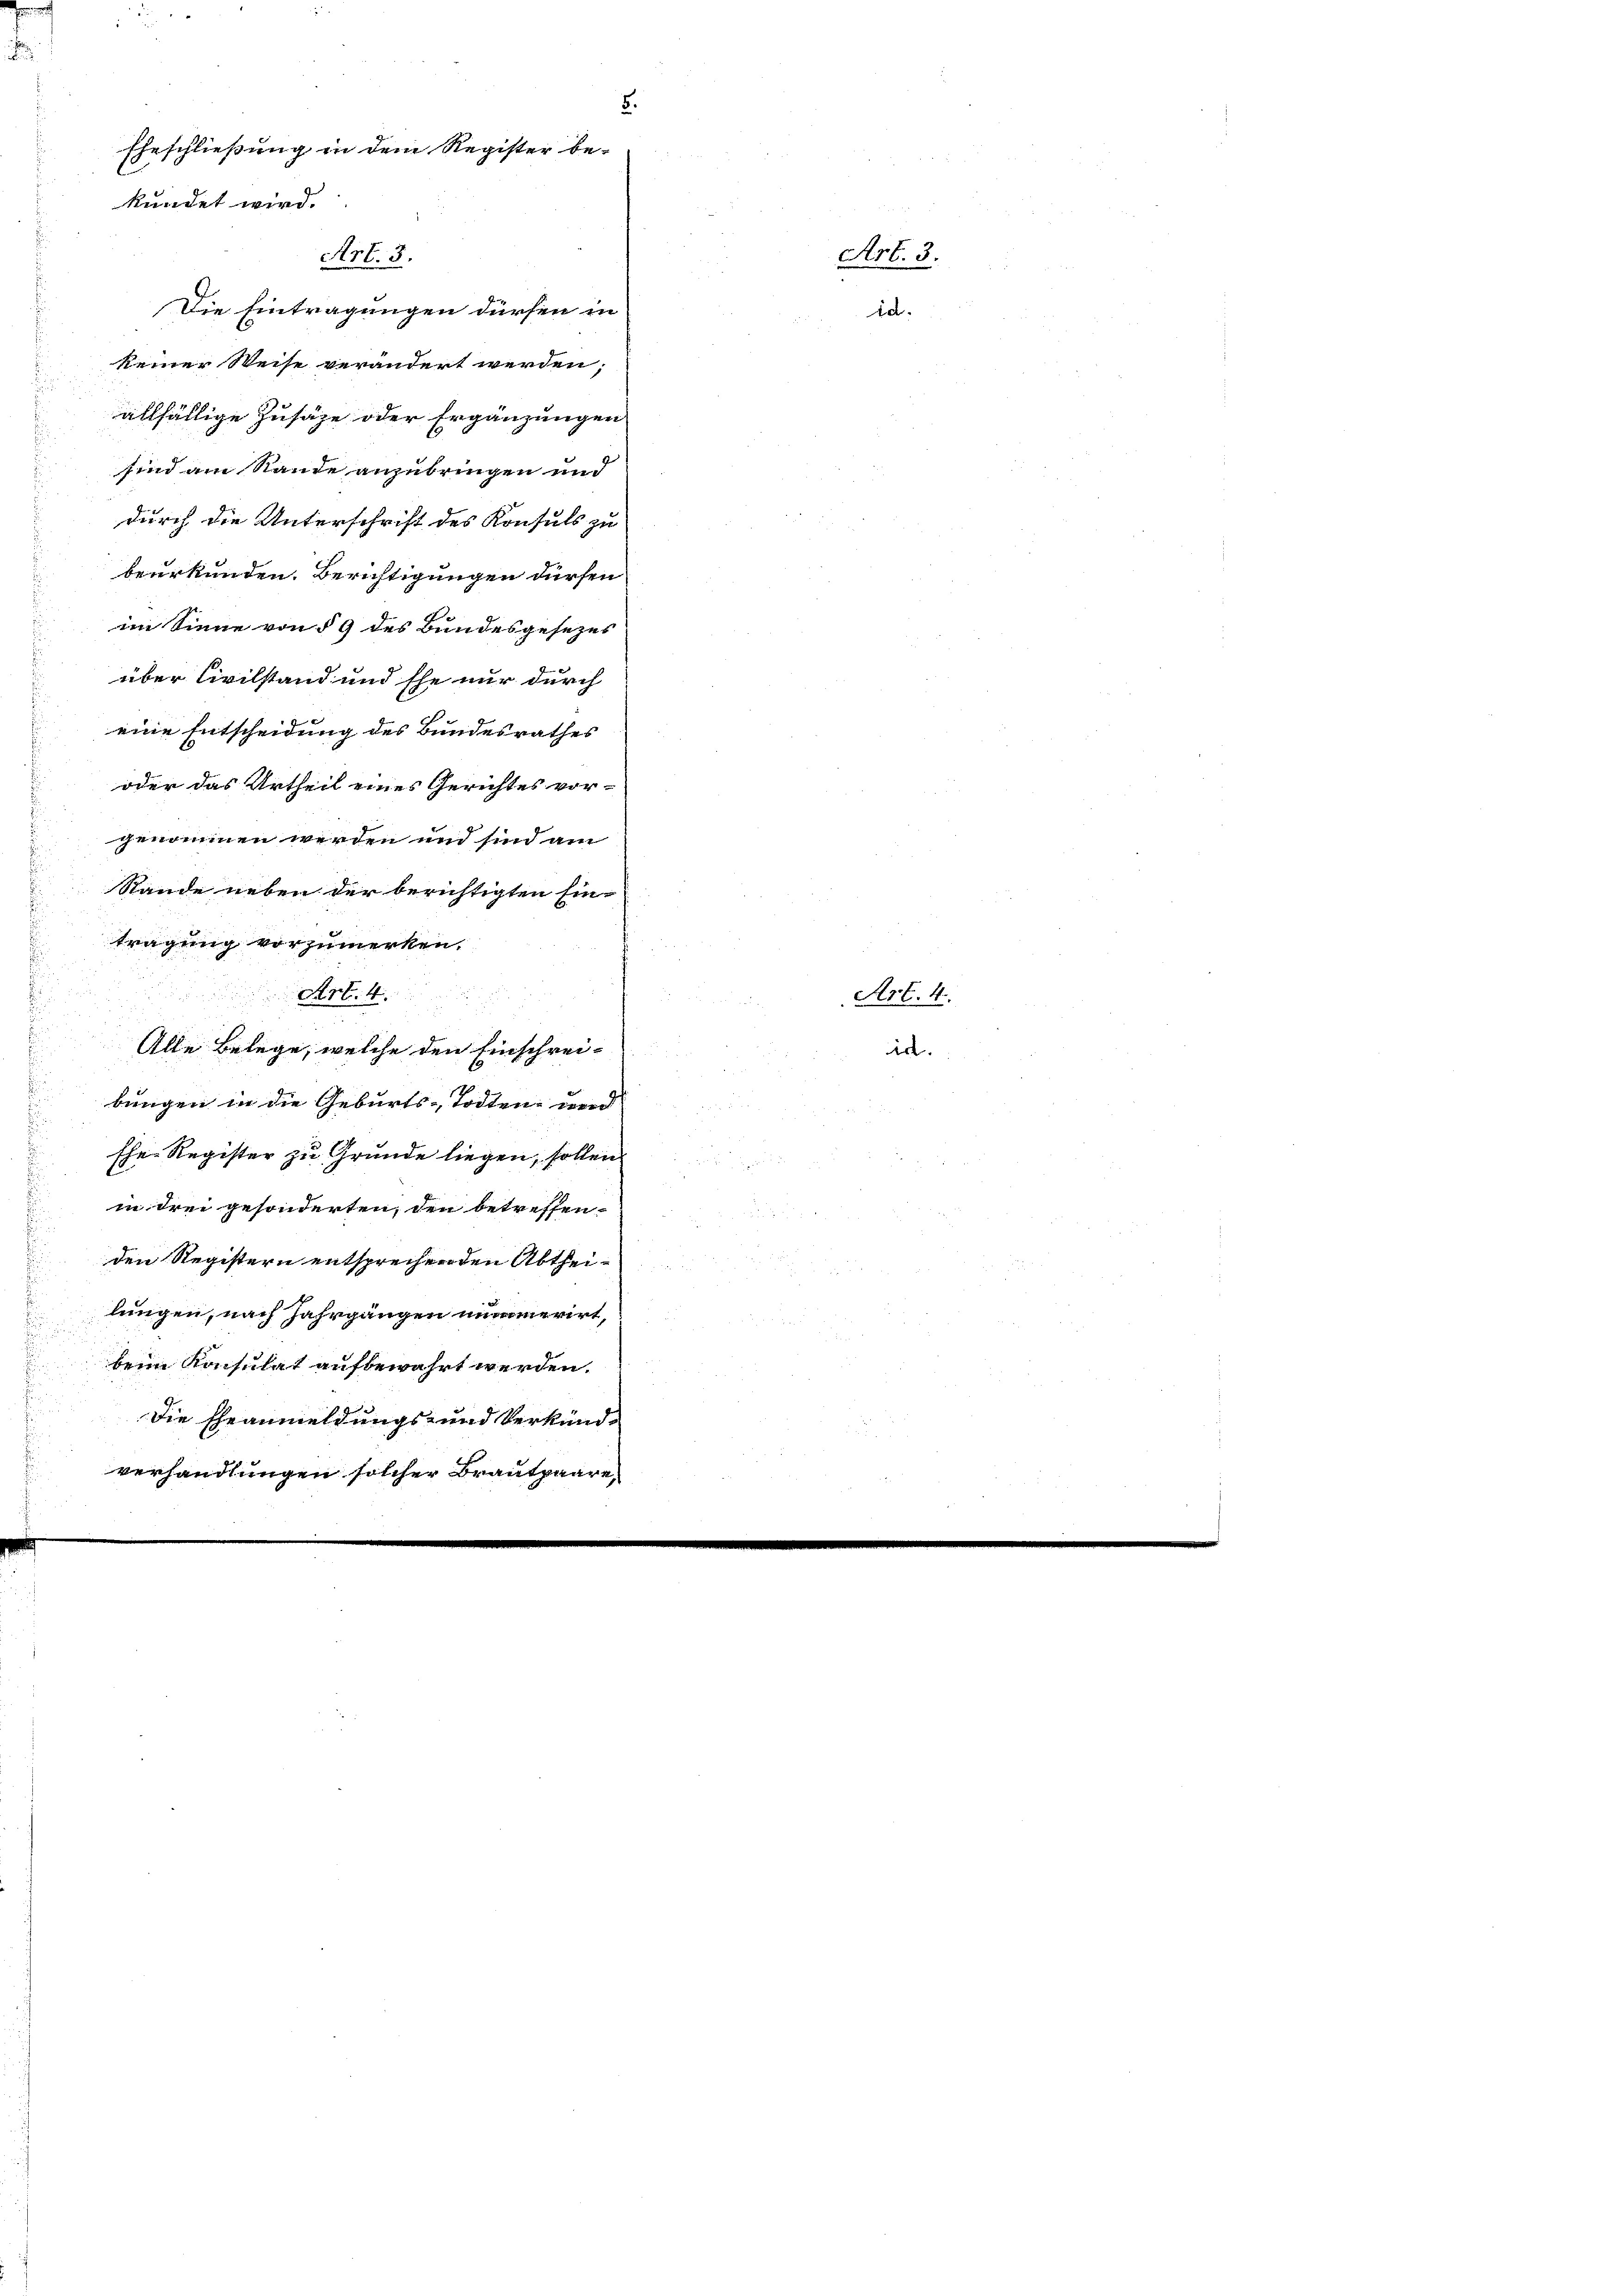
5.
Eheschließung in dem Register be-
kündet wird.

Art. 3
Die Eintragungen dürfen in
keiner Weise verändert werden;
allfällige Zusage oder Ergänzungen
sind am Rande anzubringen und
durch die Unterschrift des Konsuls zu
beurkunden. Berichtigungen dürfen
im Sinne von § 9 des Bundesgesezes
u
über Civilstand und Ehe nur durch
eine Entscheidung des Bundesrathes
oder das Urtheil eines Gerichtes vor-
genommen werden und sind am
Stande neben der berichtigten Eintragung vorzumerken,
Art. 4
Alle Belege, welche den Einschreibungen in die Geburts-Todten werd
Ehe Register zu Grunde liegen, sollen
in drei gesonderten, den betreffen-
den Registern entsprechenden Abtheileingen, nach Jahrgangen undamerirt
kein Konsulat aufbewahrt werden.
Die Eheanmeldungs- und Verkünd-
verhandlungen solcher Brautpaare

Art. 3
da.

irt.

Art. 4